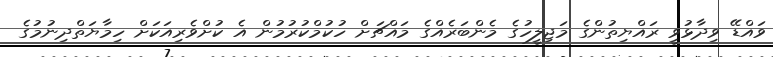
ވައްޑޭ ވިދާޅުވީ ރައްޔިތުންގެ މަޖިލީހުގެ މެންބަރެއްގެ މައްޗަށް ހުކުމްކުރުމުން އެ ކުށްވެރިއަކަށް ހިމާޔަތްދިނުމުގެ